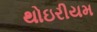
થોઇરીયમ